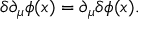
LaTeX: \delta \partial _ { \mu } \phi ( x ) = \partial _ { \mu } \delta \phi ( x ) .